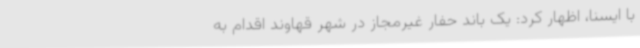
با ایسنا، اظهار کرد: یک‌ باند حفار غیرمجاز در شهر قهاوند اقدام به